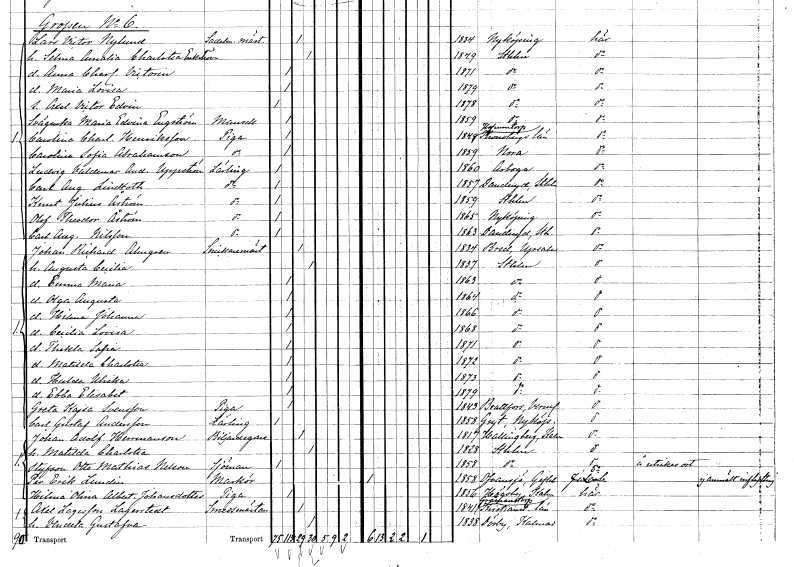
gt_parse: households: individuals: FN: Lars Victor
EN: Nylund
YRKE: Sadelmakaremästare
KON: M
CIV: G
FODAR: 1834
FODFORS: Nyköping Södermanlands län
FN: Selma Amalia Charlotta
EN: Engström
KON: K
CIV: G
FODAR: 1849
FODFORS: Stockholm
FN: Anna Charlotta Victoria
KON: K
CIV: O
FODAR: 1871
FODFORS: Stockholm
FN: Maria Lovisa
KON: K
CIV: O
FODAR: 1879
FODFORS: Stockholm
FN: Axel Victor Edvin
KON: M
CIV: O
FODAR: 1878
FODFORS: Stockholm
FN: Maria Edvina
EN: Engström
KON: K
CIV: O
FODAR: 1859
FODFORS: Stockholm
FN: Carolina Charlotta
EN: Henriksson
YRKE: Piga
KON: K
CIV: O
FODAR: 1849
FODFORS: Hovmantorp Kronobergs län
FN: Carolina Sofia
EN: Abrahamsson
YRKE: Piga
KON: K
CIV: O
FODAR: 1859
FODFORS: Nora Örebro län
FN: Ludvig Valdemar Anders
EN: Uppström
YRKE: Lärling
KON: M
CIV: O
FODAR: 1860
FODFORS: Arboga Västmanlands län
FN: Carl August
EN: Lindroth
YRKE: Lärling
KON: M
CIV: O
FODAR: 1857
FODFORS: Danderyd Stockholms län
FN: Knut Julius
EN: Åström
YRKE: Lärling
KON: M
CIV: O
FODAR: 1859
FODFORS: Stockholm
FN: Olof Theodor
EN: Åström
YRKE: Lärling
KON: M
CIV: O
FODAR: 1865
FODFORS: Nyköping Södermanlands län
FN: Carl August
EN: Nilsson
YRKE: Lärling
KON: M
CIV: O
FODAR: 1863
FODFORS: Danderyd Stockholms län
FN: Johan Richard
EN: Almgren
YRKE: Snickaremästare
KON: M
CIV: G
FODAR: 1834
FODFORS: Bred Uppsala län
FN: Augusta Cecilia
KON: K
CIV: G
FODAR: 1837
FODFORS: Stockholm
FN: Emma Maria
KON: K
CIV: O
FODAR: 1863
FODFORS: Stockholm
FN: Olga Augusta
KON: K
CIV: O
FODAR: 1864
FODFORS: Stockholm
FN: Hilma Johanna
KON: K
CIV: O
FODAR: 1866
FODFORS: Stockholm
FN: Cecilia Lovisa
KON: K
CIV: O
FODAR: 1868
FODFORS: Stockholm
FN: Thekla Sofia
KON: K
CIV: O
FODAR: 1871
FODFORS: Stockholm
FN: Matilda Charlotta
KON: K
CIV: O
FODAR: 1872
FODFORS: Stockholm
FN: Hulda Ulrika
KON: K
CIV: O
FODAR: 1873
FODFORS: Stockholm
FN: Ebba Elisabet
KON: K
CIV: O
FODAR: 1879
FODFORS: Stockholm
FN: Greta Kajsa
EN: Svensson
YRKE: Piga
KON: K
CIV: O
FODAR: 1843
FODFORS: Brattfors Värmlands län
FN: Carl Gustaf
EN: Andersson
YRKE: Lärling
KON: M
CIV: O
FODAR: 1858
FODFORS: Gryt Södermanlands län
FN: Johan Adolf
EN: Hermansson
YRKE: Biljardägare
KON: M
CIV: G
FODAR: 1817
FODFORS: Hallingeberg Kalmar län
FN: Matilda Charlotta
KON: K
CIV: G
FODAR: 1828
FODFORS: Stockholm
FN: Otto Mathias
EN: Nelson
YRKE: Sjöman
KON: M
CIV: O
FODAR: 1858
FODFORS: Stockholm
FN: Per Erik
EN: Lundin
YRKE: Markör
KON: M
CIV: O
FODAR: 1858
FODFORS: Ovansjö Gävleborgs län
FN: Hilma Olina Albertina
EN: Johansdotter
YRKE: Piga
KON: K
CIV: O
FODAR: 1856
FODFORS: Högsby Kalmar län
FN: Axel
EN: Lagesson Lagerstedt
YRKE: Smedsmästare
KON: M
CIV: G
FODAR: 1841
FODFORS: Gråmanstorp Kristianstads län
FN: Vendela Gustafva
KON: K
CIV: G
FODAR: 1838
FODFORS: Dörby Kalmar län